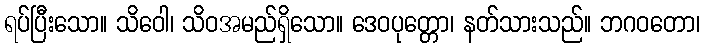
ရပ်ပြီးသော။ သိဝေါ၊ သိဝအမည်ရှိသော။ ဒေဝပုတ္တော၊ နတ်သားသည်။ ဘဂဝတော၊